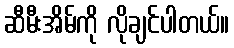
ဆီမီးအိမ်ကို လိုချင်ပါတယ်။